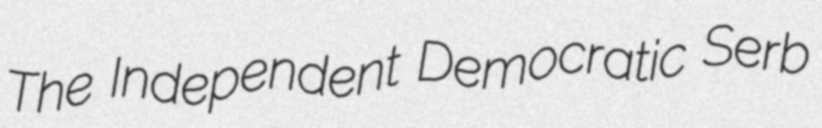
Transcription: The Independent Democratic Serb